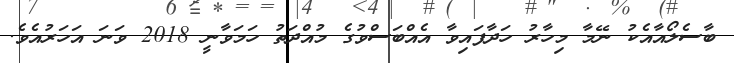
ބާސެލޯއާއެކު ނޭމާ މިހާރު ހަދާފައިވާ އެއްބަސްވުގެ މުއްދަތު ހަމަވާނީ 2018 ވަނަ އަހަރުއެވެ.